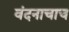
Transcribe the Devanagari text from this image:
वंदनाचाच